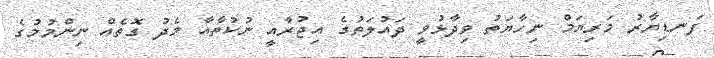
ފަނޑިޔާރު މަރިޔަމް ނިހާޔަތު ވިދާޅުވީ ދައުލަތުގެ އިޖުރާއީ ނުކުތާއާ މެދު ގޮތެއް ނިންމުމުގެ